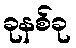
ခုနစ်ခု